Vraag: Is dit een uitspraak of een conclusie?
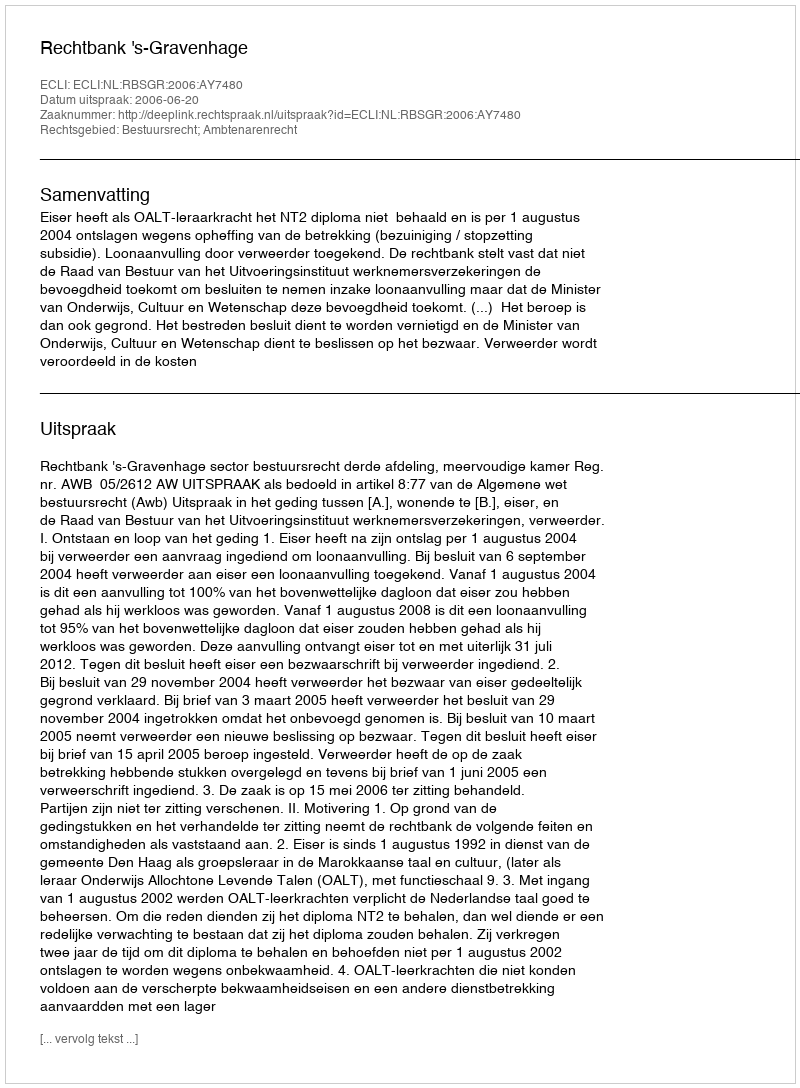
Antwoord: Uitspraak